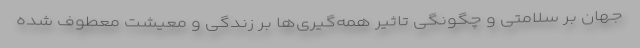
جهان بر سلامتی و چگونگی تاثیر همه‌گیری‌ها بر زندگی و معیشت معطوف شده